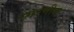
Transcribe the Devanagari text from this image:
स्मरणीया